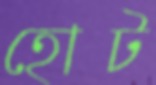
হোট